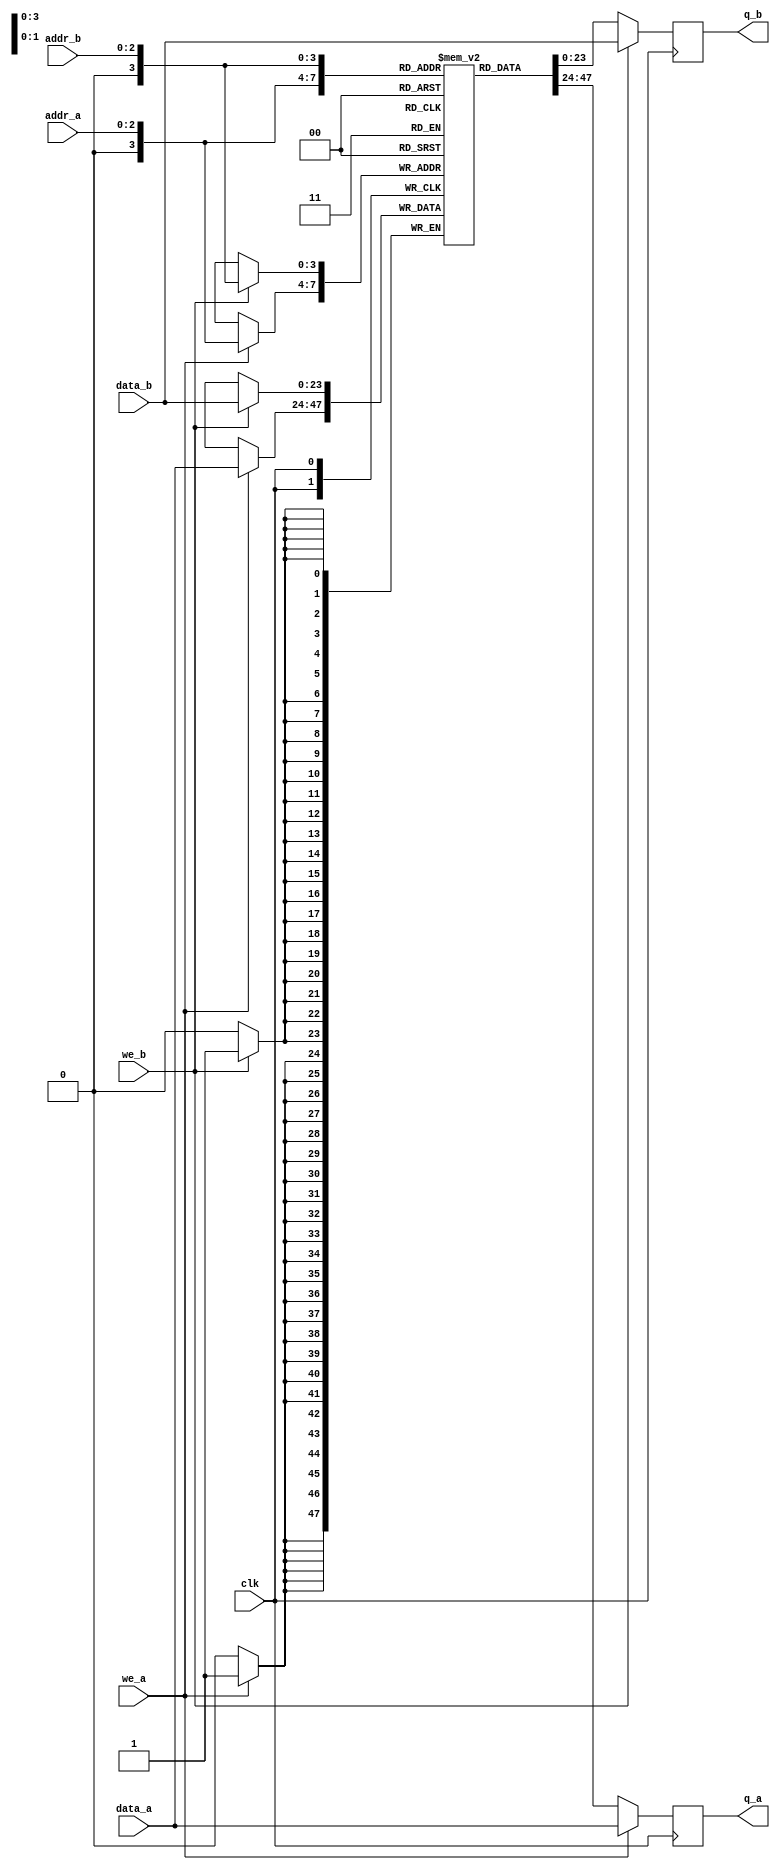
//notes:
//assume a true dual port BRAM w/single clock
//possible instantiation may replace inference after device is chosen
//7 registers, led, ambient, led-ambient, "led2...", reg 48 diag data
//two msb are 00, no value, can chop off when passed to data buffer
module DPBRAM
(
//EITHER MODIFY I/O PORTS OR....
//LEAVE Q_A OPEN, ROUTE WE_B TO A REG THAT IS ALWAYS LOW
//LEAVE DATA_B OPEN

	input [23:0] data_a, data_b, //24 bit data inputs
	input [2:0] addr_a, addr_b, //3 BIT ADDRESSES 0-6
	input we_a, we_b, clk, //write enables and clk
	output reg [23:0] q_a, q_b //24 bit data output
);

	// Declare the RAM variable
	reg [23:0] ram[8:0]; //24 bit data 7 addresses,
						//addr sel takes reg 42-48 and sends
						//0-6..
						//2 unused regs, 8:0 is min for inference
	
	// Port A
	always @ (posedge clk)
	begin
		if (we_a) 
		begin
			ram[addr_a] <= data_a;
			q_a <= data_a;
		end
		else 
		begin
			q_a <= ram[addr_a];
		end
	end
	
	// Port B
	always @ (posedge clk)
	begin
		if (we_b)
		begin
			ram[addr_b] <= data_b;
			q_b <= data_b;
		end
		else
		begin
			q_b <= ram[addr_b];
		end
	end
	
endmodule